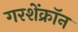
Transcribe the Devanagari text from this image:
गरशेंक्रॉन